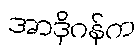
အာဒိုဂန်က